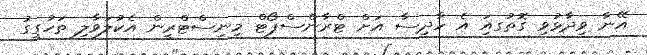
އޭނާ ވިދާޅުވި ގޮތުގއަި އެ ހާދިސާ އަށް ޓްރާންސްޕޯޓް މިނިސްޓްރީން އެކުލަވާލި ތަހުގީގު